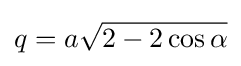
q=a{\sqrt {2-2\cos {\alpha }}}